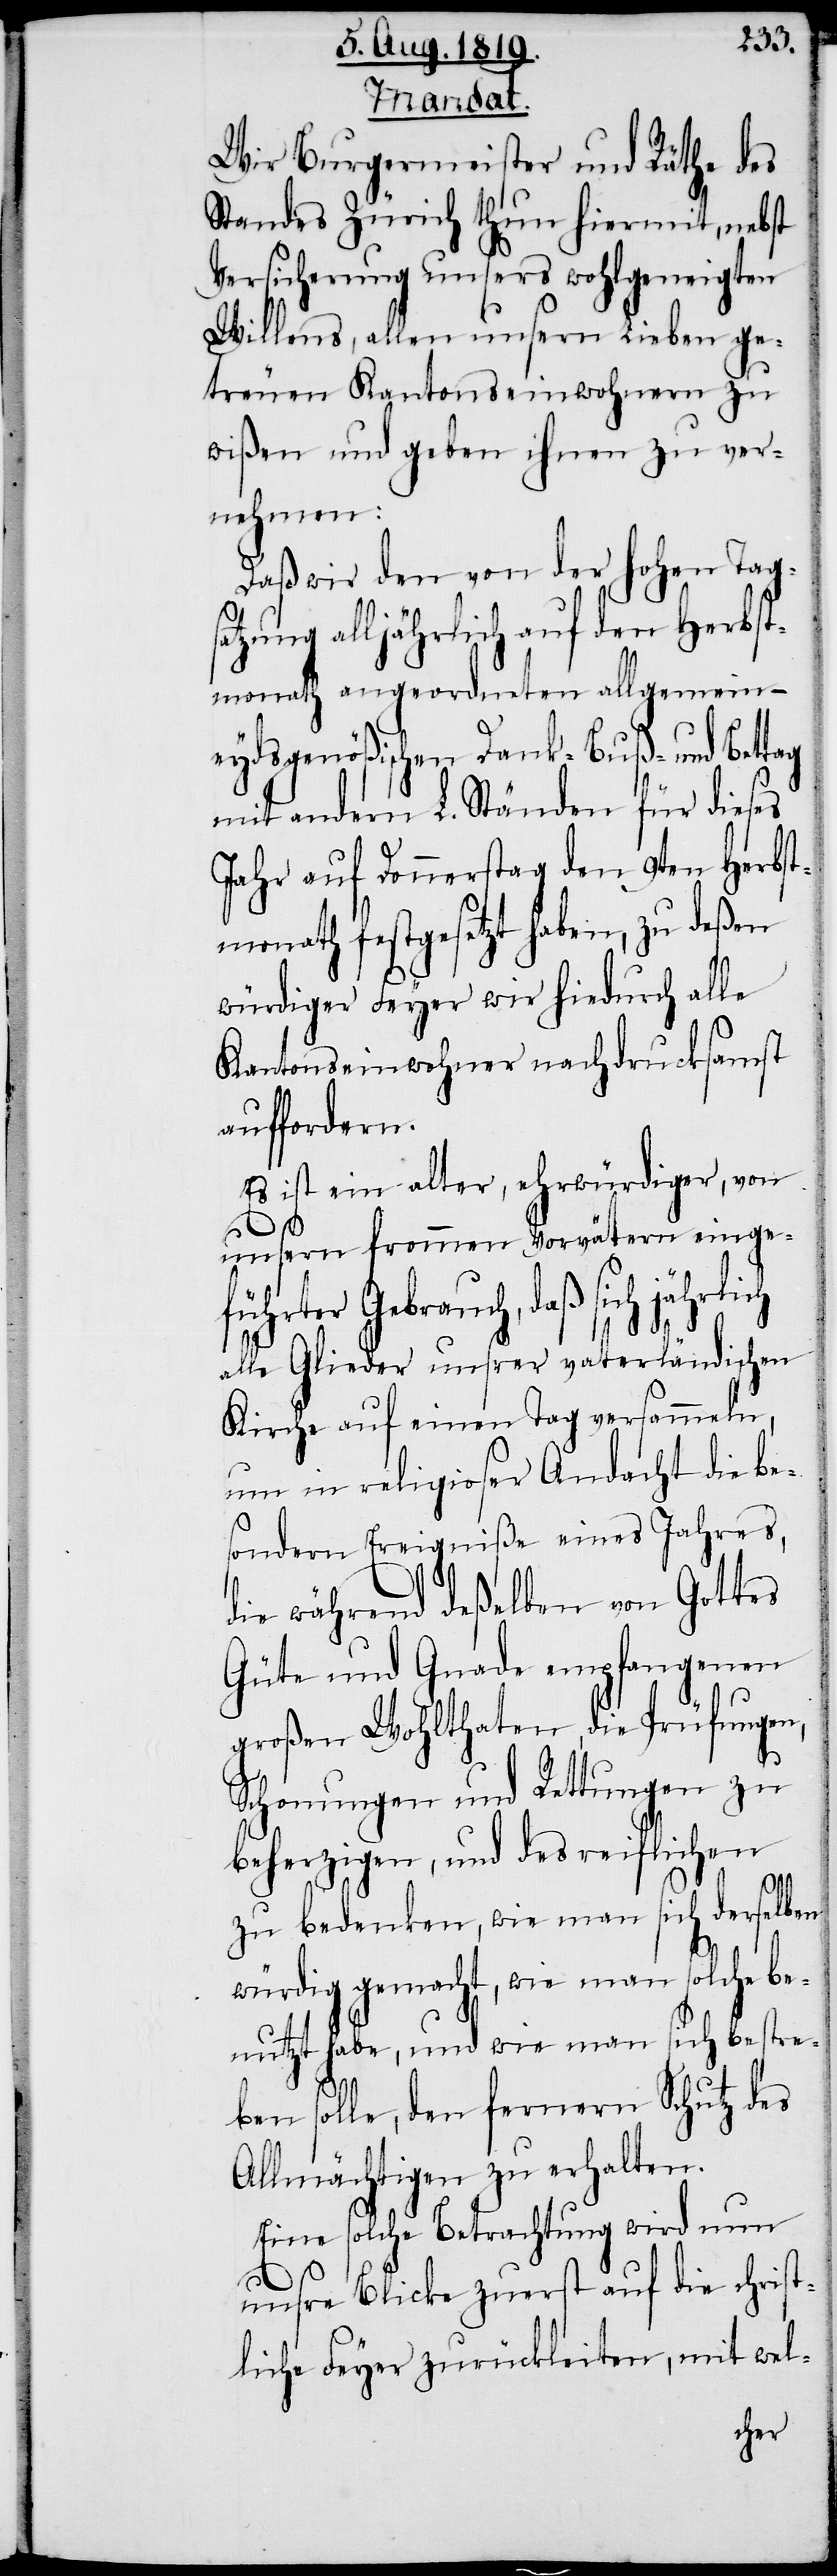
Mandat.
Wir Burgermeister und Räthe des
Standes Zürich thun hiermit, nebst
Versicherung unsers wohlgeneigten
Willens, allen unsern Lieben ge¬
treuen Kantonseinwohnern zu
wißen und geben ihnen zu ver¬
nehmen:
Daß wir den von der hohen Tag¬
zung alljährlich auf den Herbst¬
monath angeordneten allgemein-e¬
ydsgenößischen Dank- Buß- und Bet¬
mit andern L. Ständen für dieses
Jahr auf Donnerstag den 9ten Herbst¬
monath festgesetzt haben, zu deßen
würdiger Feyer wir hiedurch alle
Kantonseinwohner nachdrucksamst
auffordern.
Es ist ein alter, ehrwürdiger, von
lich
unsern frommen Vorvätern eingef¬
ührter Gebrauch, daß sich jähr¬
alle Glieder unsrer vaterländischen
Kirche auf einen Tag versammeln,
um in religioser Andacht die be¬
sondern Ereigniße eines Jahres,
die während deßelben von Gottes
Güte und Gnade empfangenen
großen Wohlthaten, die Prüfungen,
Schonungen und Rettungen zu
beherzigen, und des reiflichen,
sat¬
zu bedenken, wie man sich derselben
würdig gemacht, wie man solche be¬
nutzt habe, und wie man sich bestre¬
ben solle, den fernern Schutz des
Allmächtigen zu erhalten.
Eine solche Betrachtung wird nun
unsre Blicke zuerst auf die christ¬
liche Feyer zurückleiten, mit wel-